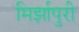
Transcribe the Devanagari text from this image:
मिर्झापुरी